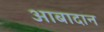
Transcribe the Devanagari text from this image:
आबादान